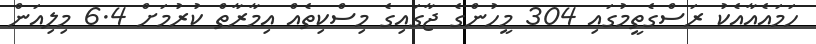
ހަމައެއާއެކު ރަސްގެތީމުގައި 304 މީހުންގެ ޖާގައިގެ މިސްކިތެއް އިމާރާތް ކުރުމަށް 6.4 މިލިއަން